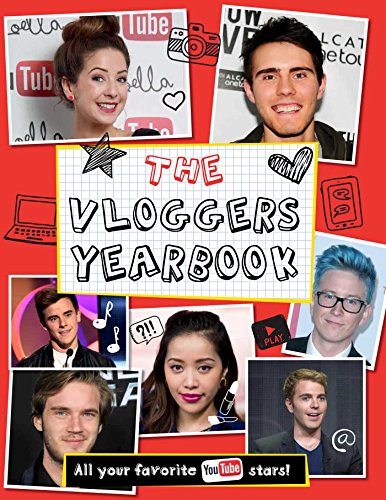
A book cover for The Vloggers Yearbook; little bee books; Children's Books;